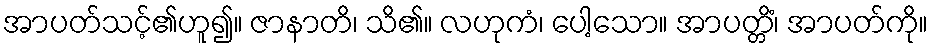
အာပတ်သင့်၏ဟူ၍။ ဇာနာတိ၊ သိ၏။ လဟုကံ၊ ပေါ့သော။ အာပတ္တိံ၊ အာပတ်ကို။